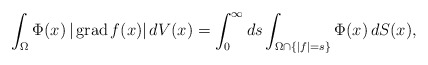
\begin{align*} \int_\Omega \Phi(x)\,|\operatorname{grad} f(x)|\,dV(x)=\int_0^\infty ds\int_{ \Omega\cap\{|f|= s \}}\Phi(x)\,dS(x),\end{align*}